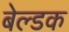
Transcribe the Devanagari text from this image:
बेल्डक